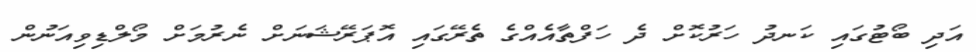
އަދި ބޯޓުގައި ކަނދު ހަރުކޮށް ދެ ހަފްތާއެއްގެ ތެރޭގައި އޮޕަރޭޝަނަށް ނެރުމަށް މޯލްޑިވިއަނުން